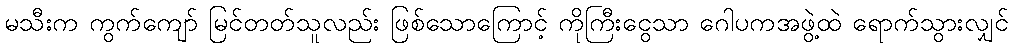
မသီးက ကွက်ကျော် မြင်တတ်သူလည်း ဖြစ်သောကြောင့် ကိုကြီးငွေသာ ဂေါပကအဖွဲ့ထဲ ရောက်သွားလျှင်